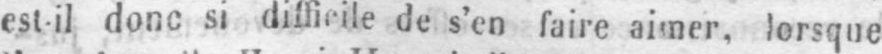
est-il donc si difficile de s’en faire aimer, lorsque